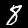
Label: 8